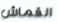
القماش